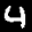
Label: 4